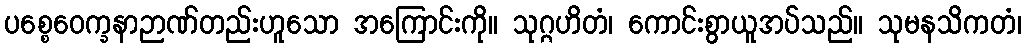
ပစ္စေဝေက္ခနာဉာဏ်တည်းဟူသော အကြောင်းကို။ သုဂ္ဂဟိတံ၊ ကောင်းစွာယူအပ်သည်။ သုမနသိကတံ၊